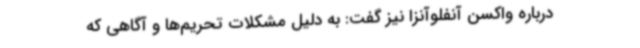
درباره واکسن آنفلوآنزا نیز گفت: به دلیل مشکلات تحریم‌ها و آگاهی که